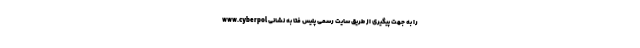
را به جهت پیگیری از طریق سایت رسمی پلیس فتا به نشانی www.cyberpol